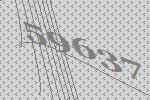
59637